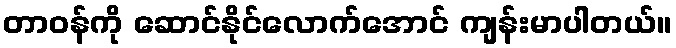
တာဝန်ကို ဆောင်နိုင်လောက်အောင် ကျန်းမာပါတယ်။